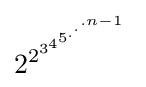
2^{2^{3^{4^{5^{.^{.^{.{n-1}}}}}}}}